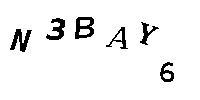
N3BAY6